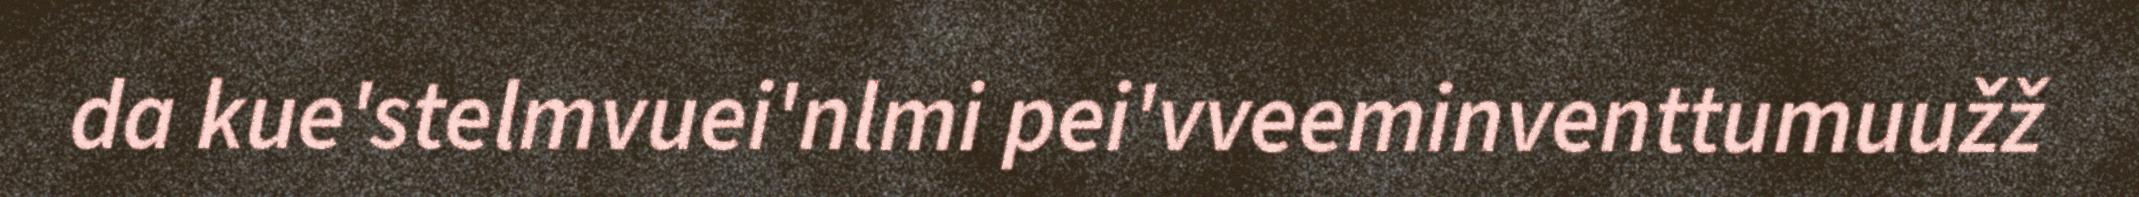
da kue'stelmvuei'nlmi pei'vveeminventtumuužž